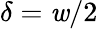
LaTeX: \delta=\mathit{w}/2